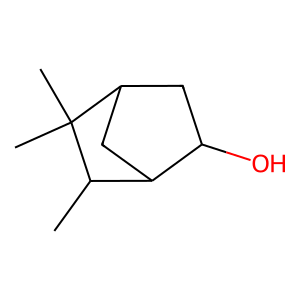
SMILES: CC1C2CC(CC2O)C1(C)C
Inhibits HIV replication: No